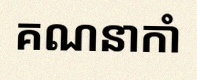
គណនាកាំ